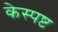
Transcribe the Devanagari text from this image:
केस्पष्ट